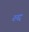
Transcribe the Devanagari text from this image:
रुद्द